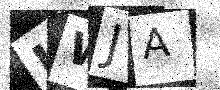
Text: UWJA